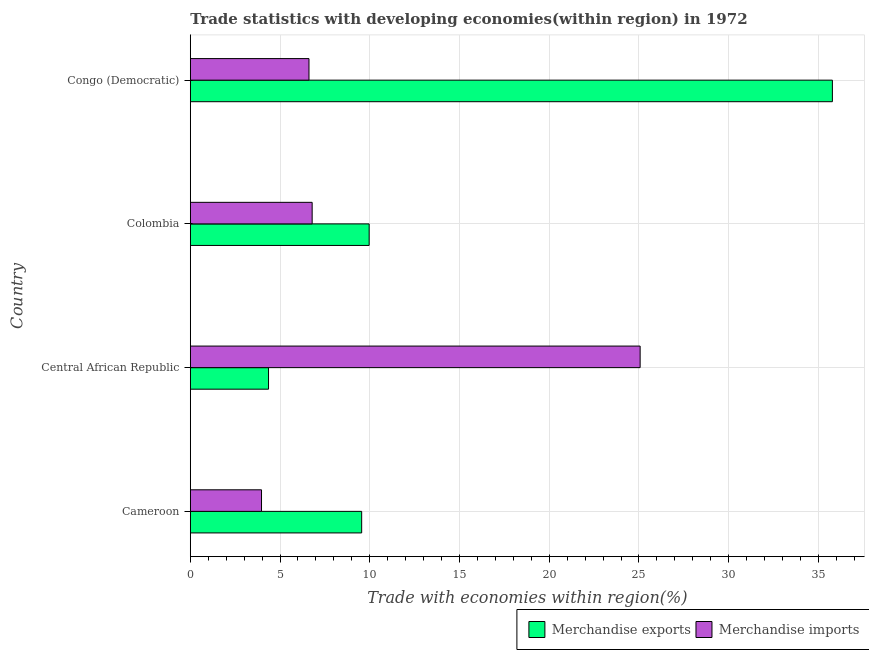
| Country | Merchandise exports | Merchandise imports |
 | --- | --- | --- |
 | Cameroon | 9.55 | 3.97 |
 | Central African Republic | 4.36 | 25.1 |
 | Colombia | 9.97 | 6.79 |
 | Congo (Democratic) | 35.8 | 6.61 |